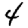
Digit: 4